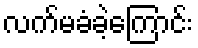
လက်မခံခဲ့ကြောင်း